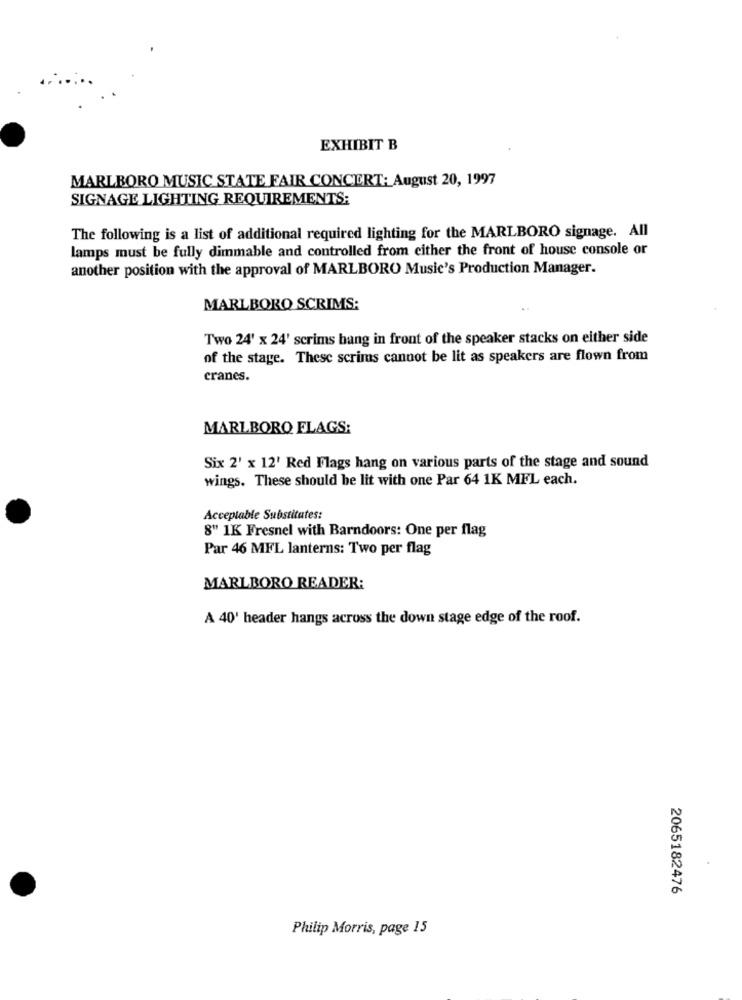
EXHIBIT B
MARLBORO MUSIC STATE FAIR CONCERT: August 20, 1997
SIGNAGE LIGHTING REQUIREMENTS:
The following is a list of additional required lighting for the MARLBORO signage. All
lamps must be fully dimmable and controlled from cither the front of house console or
another position with the approval of MARLBORO Music's Production Manager.
MARLBORO SCRIMS:
Two 24' x 24' scrims hang in front of the speaker stacks on either side
of the stage. These scrims cannot be lit as speakers are flown from
cranes.
MARLBORO FLAGS:
Six 2' x 12' Red Flags hang on various parts of the stage and sound
wings. These should be lit with one Par 64 1K MFL each.
Acceptable Substitutes:
8" 1K Fresnel with Barndoors: One per flag
Par 46 MFL lanterns: Two per flag
MARLBORO READER:
A 40' header hangs across the down stage edge of the roof.
2065182476
Philip Morris, page 15